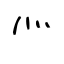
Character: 灬